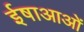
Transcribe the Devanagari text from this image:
ईषाआओं